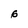
Character: 6